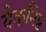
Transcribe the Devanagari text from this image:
येकनिष्ठ